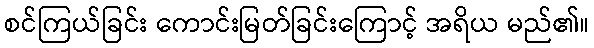
စင်ကြယ်ခြင်း ကောင်းမြတ်ခြင်းကြောင့် အရိယ မည်၏။